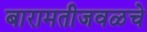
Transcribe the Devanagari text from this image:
बारामतीजवळचे